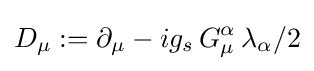
D_{\mu }:=\partial _{\mu }-ig_{s}\,G_{\mu }^{\alpha }\,\lambda _{\alpha }/2